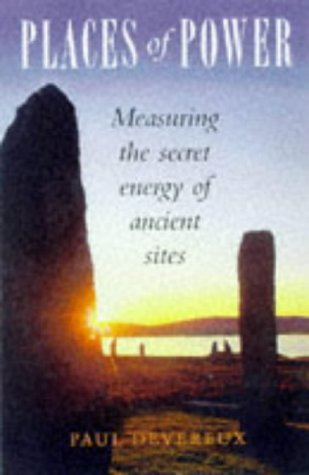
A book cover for Places of Power: Measuring the Secret Energy of Ancient Sites; Paul Devereux; Crafts, Hobbies & Home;